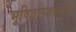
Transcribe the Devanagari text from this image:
भूविज्ञानशास्त्राला